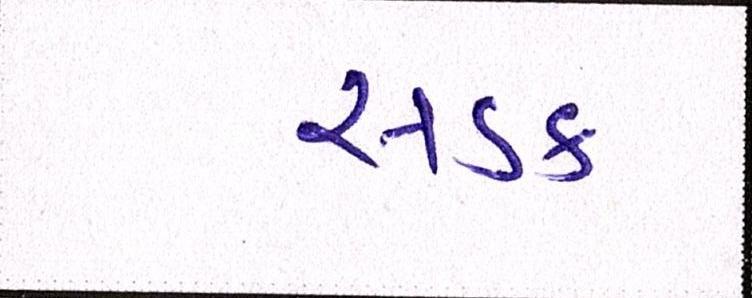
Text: સડક